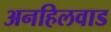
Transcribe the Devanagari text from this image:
अनहिलवाड